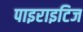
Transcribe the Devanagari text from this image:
पाइराइटिज